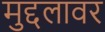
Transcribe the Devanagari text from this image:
मुद्दलावर